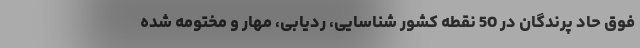
فوق حاد پرندگان در 50 نقطه کشور شناسایی، ردیابی، مهار و مختومه شده